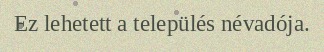
Ez lehetett a település névadója.